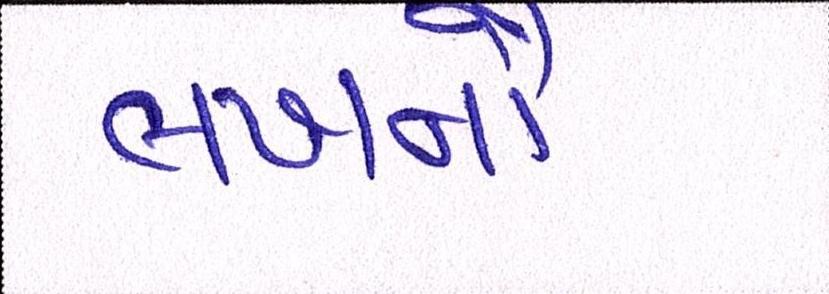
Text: લખનૌ